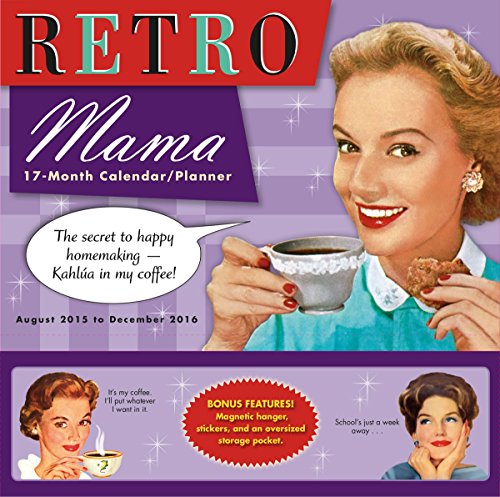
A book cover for Retro Mama 2016 Wall Planner Calendar; Kathy / PostMark Press Alpert; Calendars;